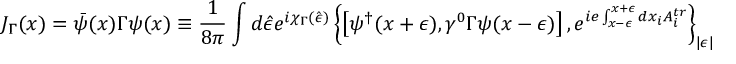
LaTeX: J _ { \Gamma } ( x ) = \bar { \psi } ( x ) \Gamma \psi ( x ) \equiv \frac { 1 } { 8 \pi } \int d \hat { \epsilon } e ^ { i \chi _ { \Gamma } ( \hat { \epsilon } ) } \left\{ \left[ \psi ^ { \dagger } ( x + \epsilon ) , \gamma ^ { 0 } \Gamma \psi ( x - \epsilon ) \right] , e ^ { i e \int _ { x - \epsilon } ^ { x + \epsilon } d x _ { i } A _ { i } ^ { t r } } \right\} _ { | \epsilon | \propto | \eta | }